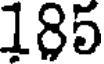
185